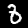
Label: 8